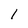
Character: 1